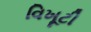
વિખૂટી